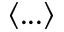
\langle . . . \rangle